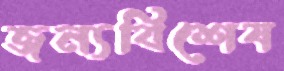
জন্যবিশেষ